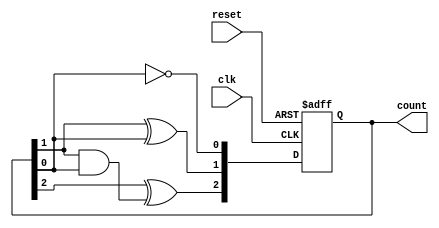
module async_counter (
    input wire clk,          // Clock input
    input wire reset,        // Asynchronous reset
    output reg [2:0] count   // 3-bit output for the counter
);

// Asynchronous reset and counting logic
always @(posedge clk or posedge reset) begin
    if (reset) begin
        count <= 3'b000;     // Reset the counter to 0
    end else begin
        // Ripple counting logic
        count[0] <= ~count[0]; // Toggle the least significant bit
        count[1] <= count[1] ^ count[0]; // Toggle the second bit if the first bit is 1
        count[2] <= count[2] ^ (count[1] & count[0]); // Toggle the third bit if both lower bits are 1
    end
end

endmodule